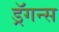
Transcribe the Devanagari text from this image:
ड्रॅगन्स